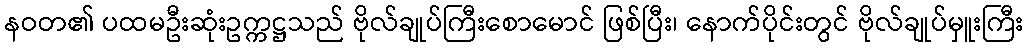
နဝတ၏ ပထမဦးဆုံးဥက္ကဋ္ဌသည် ဗိုလ်ချုပ်ကြီးစောမောင် ဖြစ်ပြီး၊ နောက်ပိုင်းတွင် ဗိုလ်ချုပ်မှူးကြီး